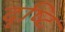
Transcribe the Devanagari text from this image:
दृष्‍टि